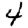
Digit: 4